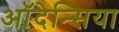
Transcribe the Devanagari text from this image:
ऑदेन्सिया